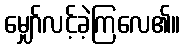
မျှော်လင့်ခဲ့ကြလေ၏။